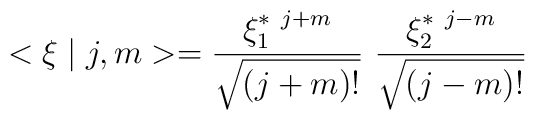
<\xi \mid  j,m>=\frac{\xi_1^{*~j+m}}{\sqrt{(j+m)!}}~\frac{\xi_2^{*~j-m}}{\sqrt{(j-m)!}}